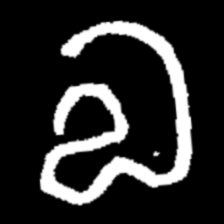
Pyu character \u2014 Myanmar letter: လ (romanized: la)